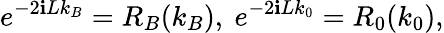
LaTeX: e^{-2\mathbf{i}Lk_{B}}=R_{B}(k_{B}),\ e^{-2\mathbf{i}Lk_{0}}=R_{0}(k_{0}),